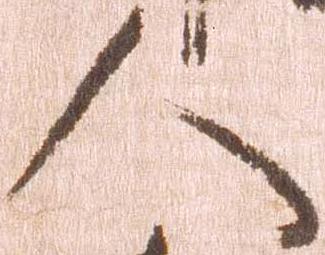
人